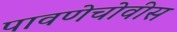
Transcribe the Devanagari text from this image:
पावणेचोवीस